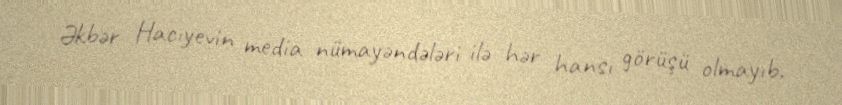
Əkbər Hacıyevin media nümayəndələri ilə hər hansı görüşü olmayıb.